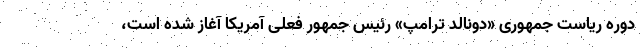
دوره ریاست جمهوری «دونالد ترامپ» رئیس جمهور فعلی آمریکا آغاز شده است،